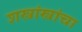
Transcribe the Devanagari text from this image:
शस्त्रांस्त्रांचा